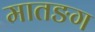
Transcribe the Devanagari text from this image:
मातङग